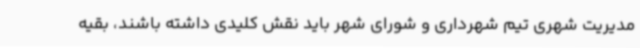
مدیریت شهری تیم شهرداری و شورای شهر باید نقش کلیدی داشته باشند، بقیه